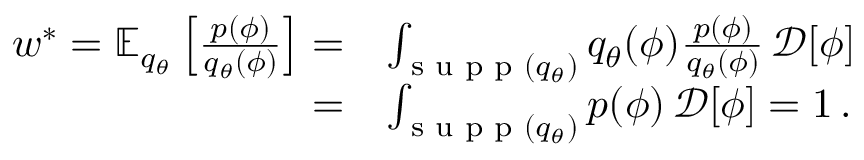
\begin{array} { r l } { w ^ { * } = \mathbb { E } _ { q _ { \theta } } \left[ \frac { p ( \phi ) } { q _ { \theta } ( \phi ) } \right] = } & { \int _ { \textrm { s u p p } ( q _ { \theta } ) } q _ { \theta } ( \phi ) \frac { p ( \phi ) } { q _ { \theta } ( \phi ) } \, \mathcal { D } [ \phi ] } \\ { = } & { \int _ { \textrm { s u p p } ( q _ { \theta } ) } p ( \phi ) \, \mathcal { D } [ \phi ] = 1 \, . } \end{array}